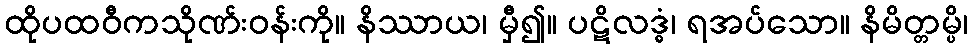
ထိုပထဝီကသိုဏ်းဝန်းကို။ နိဿာယ၊ မှီ၍။ ပဋိလဒ္ဓံ၊ ရအပ်သော။ နိမိတ္တမ္ပိ၊